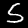
Digit: 5